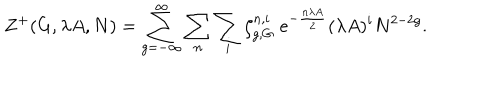
LaTeX: Z ^ { + } ( G , \lambda A , N ) = \sum _ { g = - \infty } ^ { \infty } \sum _ { n } \sum _ { i } \zeta _ { g , G } ^ { n , i } \; e ^ { - { \frac { n \lambda A } { 2 } } } ( \lambda A ) ^ { i } N ^ { 2 - 2 g } .